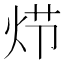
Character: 𰞍